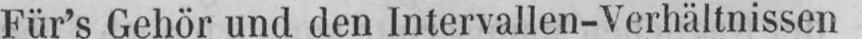
Für’s Gehör und den Intervallen-Verhältnissen